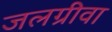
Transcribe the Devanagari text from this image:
जलग्रीवा